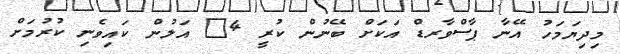
މިދިޔަމަހު އޭނާ ޕާސްވާރޑް އަކަށް ބޭނުން ކުރީ 4@ އަލުން ކައިވެނި ކުރުމަށް